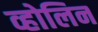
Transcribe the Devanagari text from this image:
व्होलिन